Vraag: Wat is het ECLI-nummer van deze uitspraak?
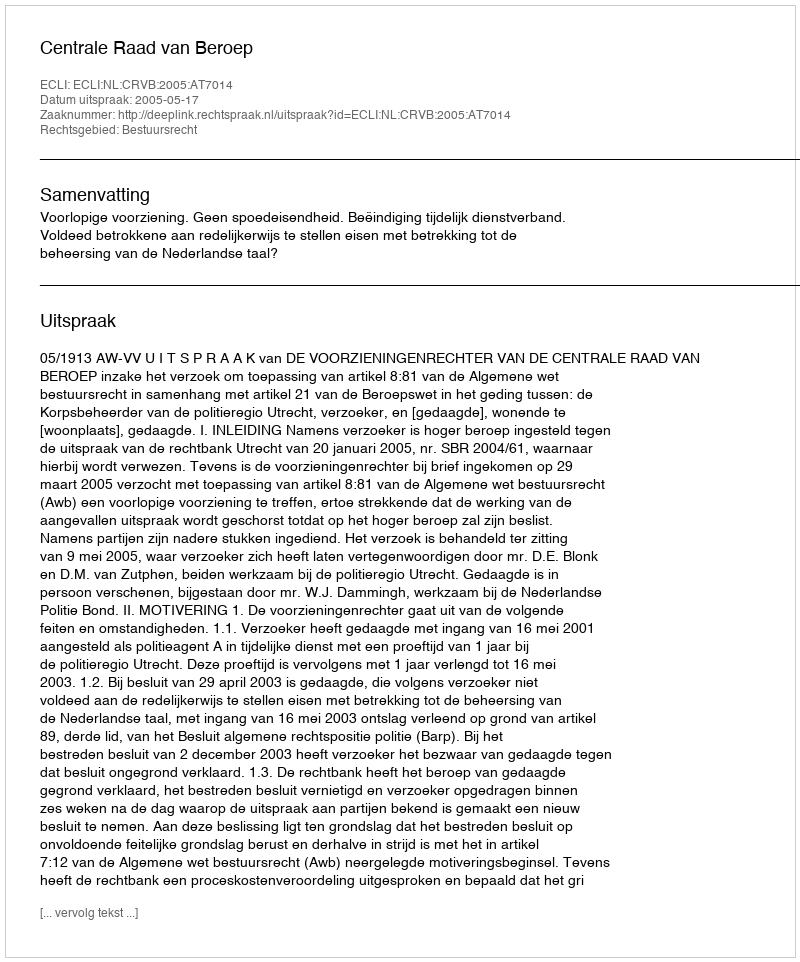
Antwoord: ECLI:NL:CRVB:2005:AT7014